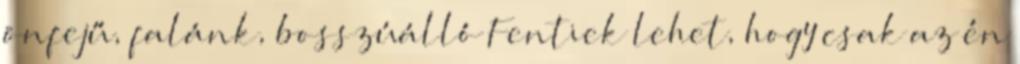
önfejű, falánk, bosszúálló Fentiek lehet, hogy csak az én